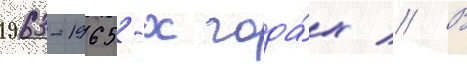
1963-1965-х года́х // В